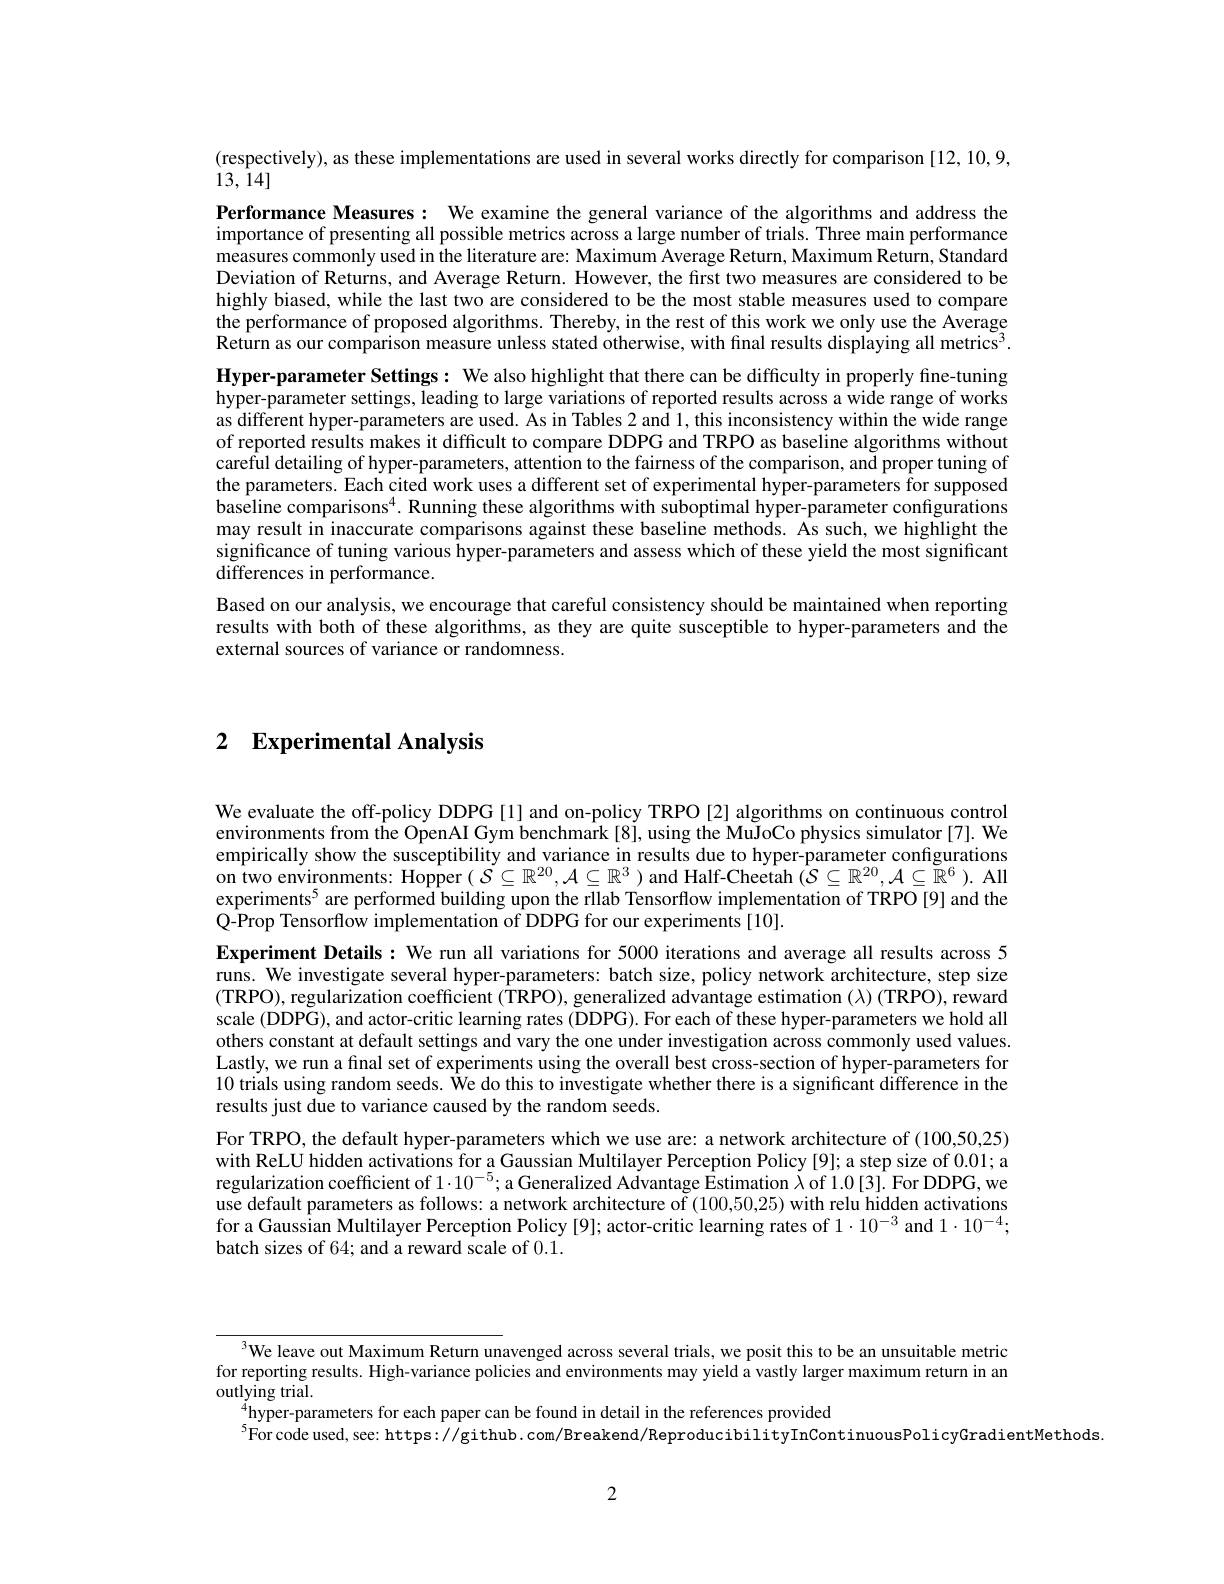
(respectively), as these implementations are used in several works directly for comparison [12,10,9,
13, ${\hat{1} }4]$

Performance Measures: We examine the general variance of the algorithms and address the importance of presenting all possible metrics across a large number of trials. Three main performance measures commonly used in the literature are: Maximum Average Return, Maximum Return, Standard Deviation of Returns, and Average Return. However, the first two measures are considered to be highly biased, while the last two are considered to be the most stable measures used to compare the performance of proposed algorithms. Thereby, in the rest of this work we only use the Average $\hat{\text{Return as our comparison measure unless stated otherwise, with final results displaying all metrics}^{3}.}$ Hyper-parameter Settings: We also highlight that there can be difficulty in properly fine-tuning hyper-parameter settings, leading to large variations of reported results across a wide range of works as different hyper-parameters are used. As in Tables 2 and l, this inconsistency within the wide range of reported results makes it difficult to compare DDPG and TRPO as baseline algorithms without careful detailing of hyper-parameters, attention to the fairness of the comparison, and proper tuning of the parameters. Each cited work uses a different set of experimental hyper-parameters for supposed baseline comparisons$^4.$ Running these algorithms with suboptimal hyper-parameter configurations may result in inaccurate comparisons against these baseline methods. As such, we highlight the significance of tuning various hyper-parameters and assess which of these yield the most significant differences in performance.
Based on our analysis, we encourage that careful consistency should be maintained when reporting results with both of these algorithms, as they are quite susceptible to hyper-parameters and the external sources of variance or randomness.

2 Experimental Analysis

We evaluate the off-policy DDPG [1] and on-policy TRPO [2] algorithms on continuous control environments from the OpenAI Gym benchmark [8], using the MuJoCo physics simulator[7]. We empirically show the susceptibility and variance in results due to hyper-parameter configurations on two environments: Hopper $(S\subseteq\mathbb{R}^{20},\mathcal{A}\subseteq\mathbb{R}^3)$ and Half-Cheetah $(\mathcal{S}\subseteq\mathbb{R}^{20},\mathcal{A}\subseteq\mathbb{R}^6).$ All experiments$^{5}$ are performed building upon the rllab Tensorflow implementation of TRPO [9] and the Q-Prop Tensorflow implementation of DDPG for our experiments[10].
Experiment Details: We run all variations for 5000 iterations and average all results across 5 runs. We investigate several hyper-parameters: batch size, policy network architecture, step size (TRPO), regularization coefficient (TRPO), generalized advantage estimation (λ) (TRPO), reward scale (DDPG), and actor-critic learning rates (DDPG). For each of these hyper-parameters we hold all others constant at default settings and vary the one under investigation across commonly used values. Lastly, we run a final set of experiments using the overall best cross-section of hyper-parameters for 10 trials using random seeds. We do this to investigate whether there is a significant difference in the results just due to variance caused by the random seeds.
For TRPO, the default hyper-parameters which we use are: a network architecture of (100,50,25) with ReLU hidden activations for a Gaussian Multilayer Perception Policy [9]; a step size of 0.01; a regularization coefficient of $1\cdot10^{-5};$ a Generalized Advantage Estimation $\dot{\lambda}$ of 1.0[3]. For DDPG, we use default parameters as follows: a network architecture of (100,50,25) with relu hidden activations for a Gaussian Multilayer Perception Policy [9]; actor-critic learning rates of $1\cdot10^{-3}$ and $1\cdot10^{-4};$ batch sizes of 64; and a reward scale of 0.1.

$^{3}$We leave out Maximum Return unavenged across several trials, we posit this to be an unsuitable metric for reporting results. High-variance policies and environments may yield a vastly larger maximum return in an outlying trial.
$\underset{s}{\operatorname*{\operatorname*{\operatorname*{\text{hyper-parameters for each paper can be found in detail in the references provided}}}}}$
$^{5}$For code used, see: https: //github. com/Breakend/ReproducibilityInContinuousPolicyGradientMethods.

2